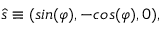
\hat { s } \equiv ( s i n ( \varphi ) , - c o s ( \varphi ) , 0 ) ,